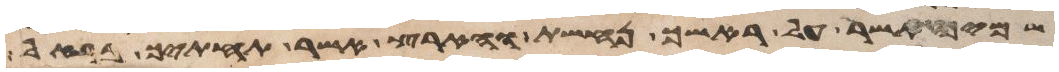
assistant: שמיך אשר על ראשך נחשת והארץ אשר תחתיך ברזל